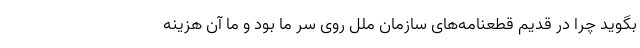
بگوید چرا در قدیم قطعنامه‌های سازمان ملل روی سر ما بود و ما آن هزینه